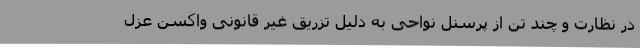
در نظارت و چند تن از پرسنل نواحی به دلیل تزریق غیر قانونی واکسن عزل